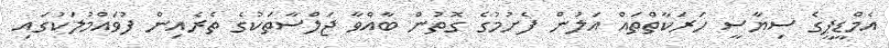
އެމްޑީޕީގެ ސިޔާސީ ހަރަކާތްތައް އަލުން ފެށުމުގެ ގޮތުން ބާއްވާ ޖަލްސާތަކުގެ ތެރެއިން ފުވައްމުލަކުގައި